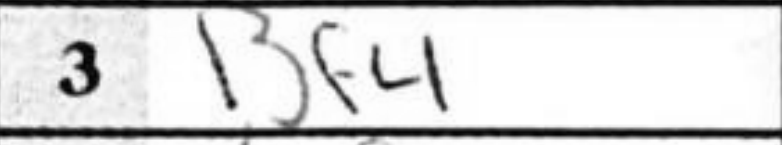
Transcription: Bf4